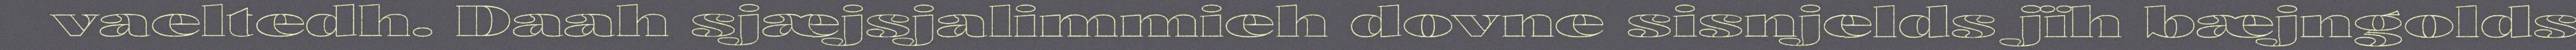
vaeltedh. Daah sjæjsjalimmieh dovne sisnjelds jïh bæjngolds